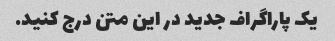
یک پاراگراف جدید در این متن درج کنید.